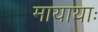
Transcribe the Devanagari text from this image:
मायायाः